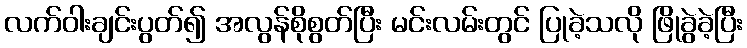
လက်ဝါးချင်းပွတ်၍ အလွန်စိုစွတ်ပြီး မင်းလမ်းတွင် ပြုခဲ့သလို ဖြိုခွဲခဲ့ပြီး